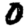
Digit: 0